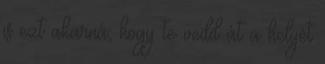
is ezt akarná, hogy te vedd át a helyét